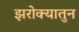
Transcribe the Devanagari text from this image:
झरोक्यातुन